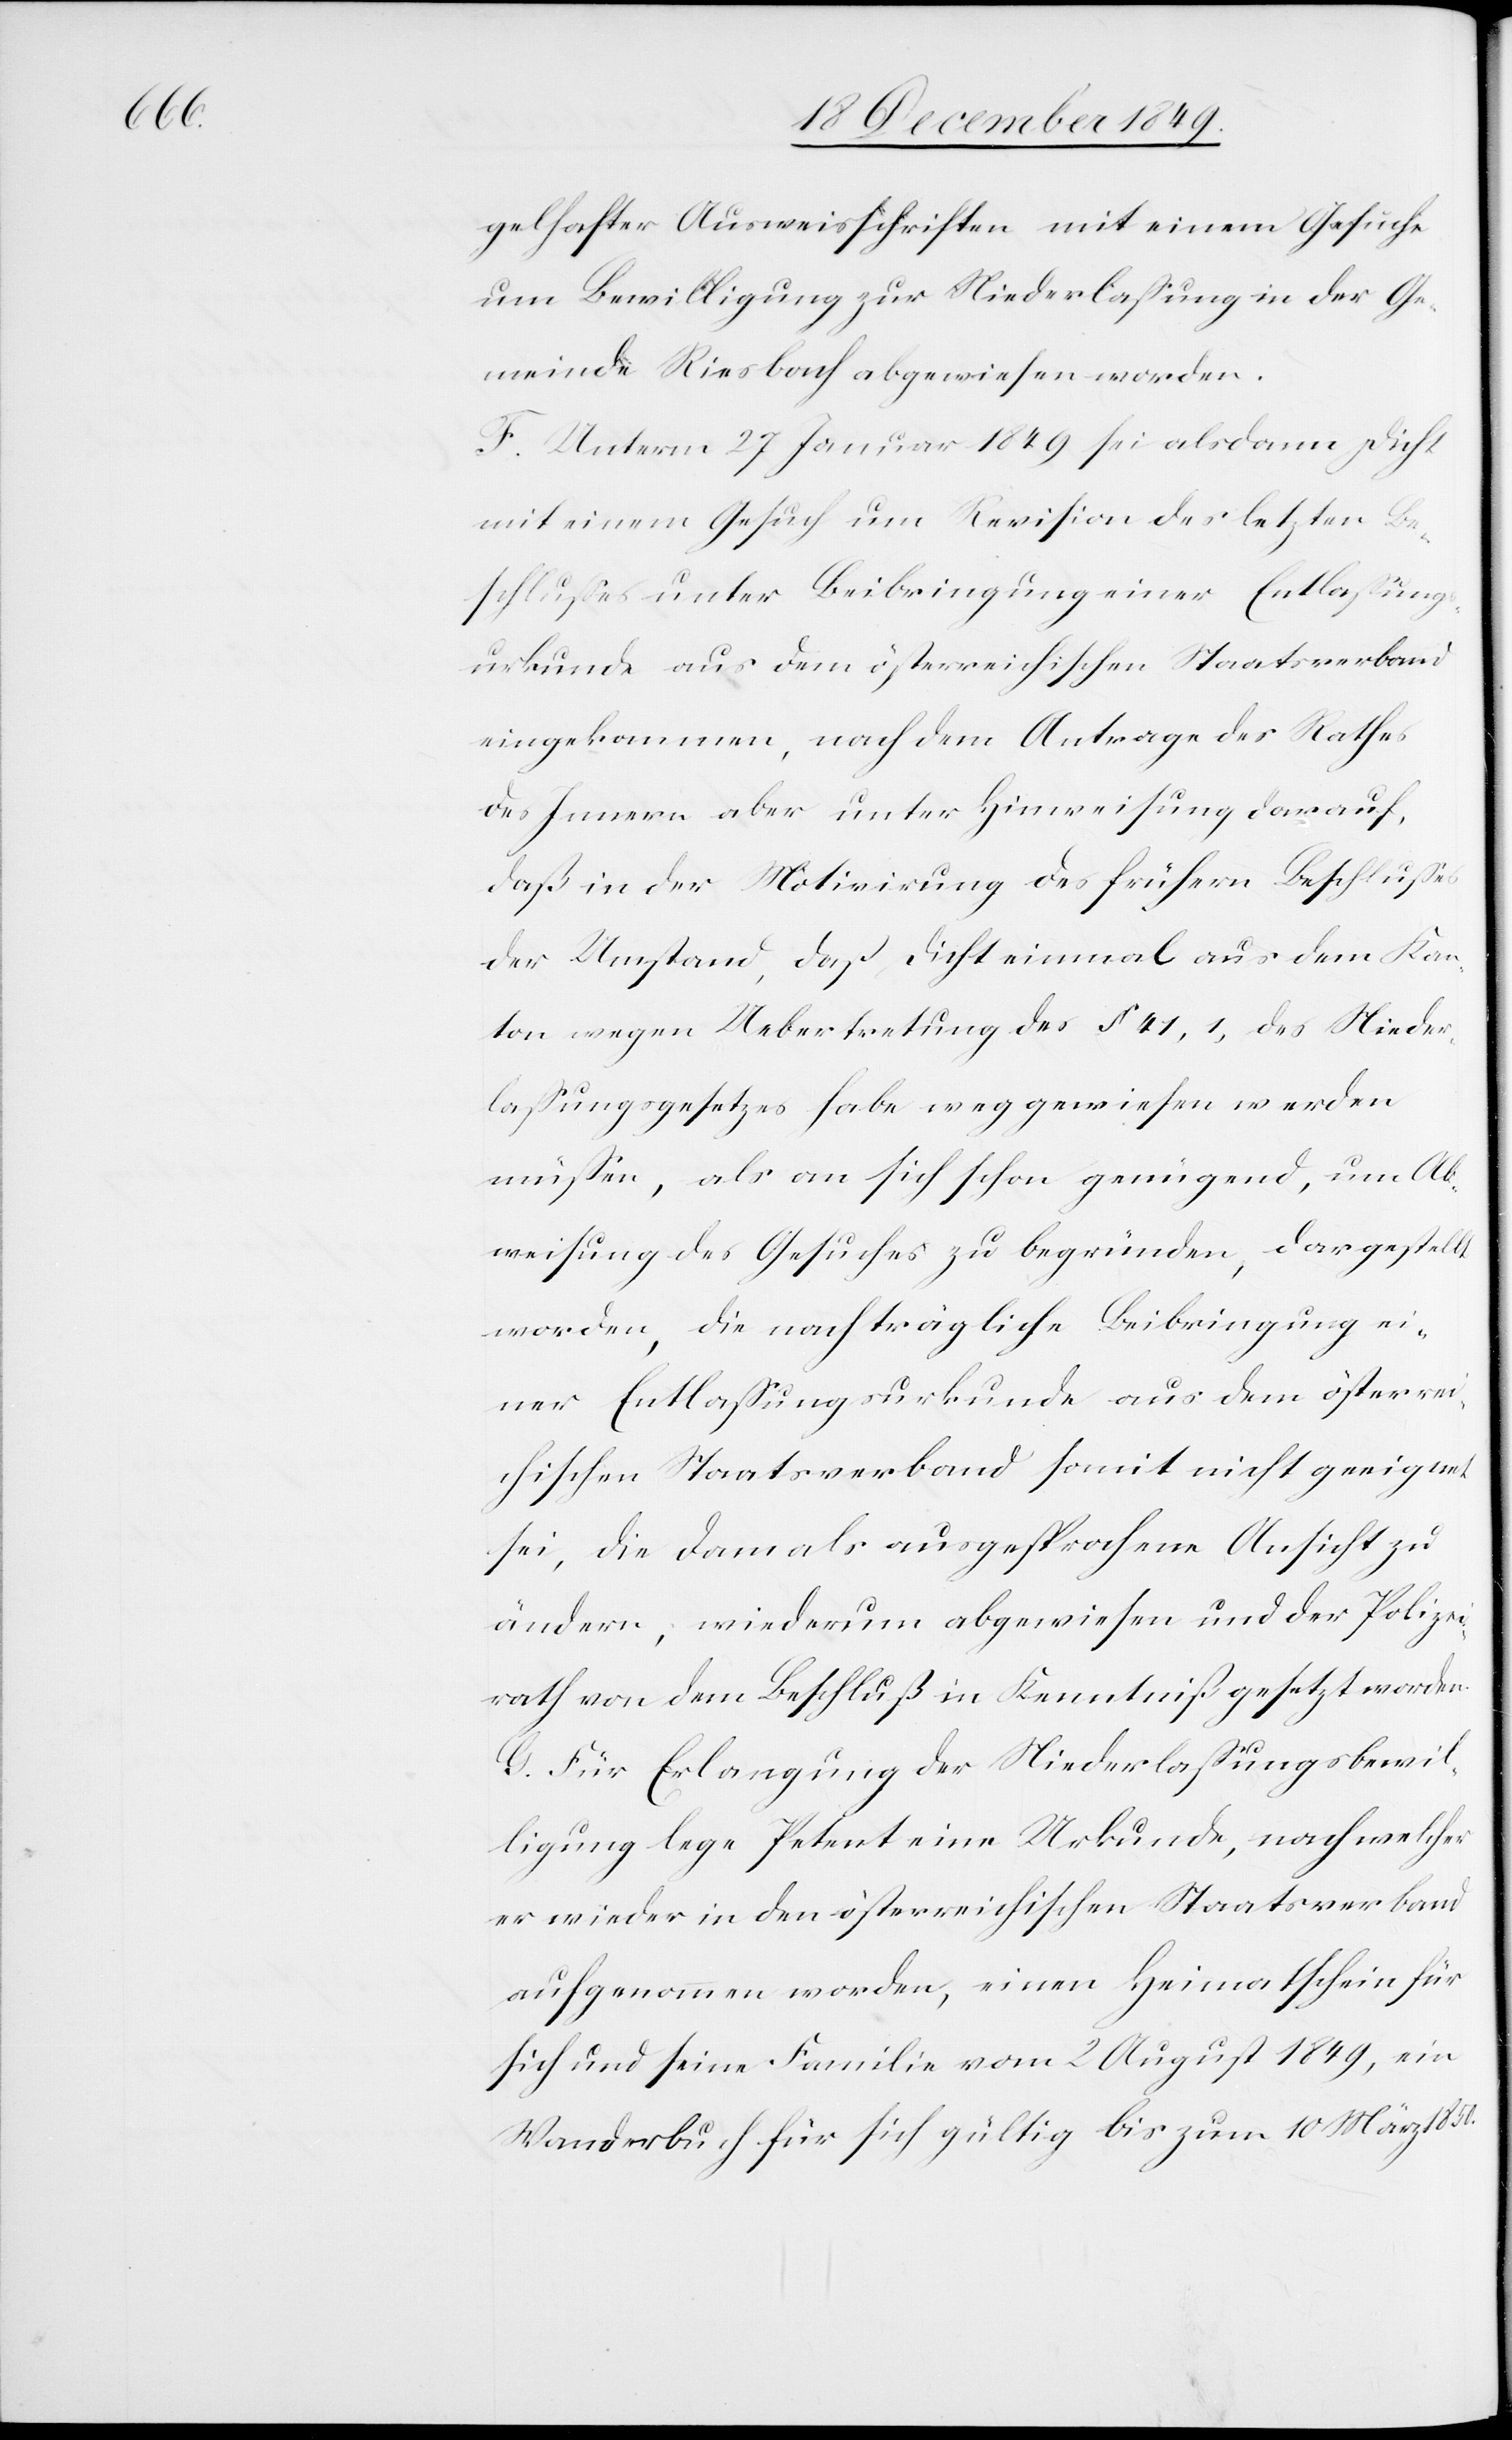
1850.

gelhafter Ausweisschriften mit einem Gesuche
um Bewilligung zur Niederlaßung in der Ge¬
meinde Riesbach abgewiesen worden.
F. Unterm 27 Januar 1849 sei alsdann Dicht
mit einem Gesuch um Revision des letzten Be¬
schlußes unter Beibringung einer Entlaßungs¬
urkunde aus dem österreichischen Staatsverband
eingekommen, nach dem Antrage des Rathes
des Innern aber unter Hinweisung darauf,
daß in der Motivirung des frühern Beschlußes
der Umstand, daß Dicht einmal aus dem Kan¬
ton wegen Uebertretung des § 41,1 des Nieder¬
laßungsgesetzes habe weggewiesen werden
müßen, als an sich schon genügend, um Ab¬
weisung des Gesuches zu begründen, dargestellt
worden, die nachträgliche Beibringung ei¬
ner Entlaßungsurkunde aus dem österreic¬
hischen Staatsverband somit nicht geeignet
sei, die damals ausgesprochene Ansicht zu
ändern, wiederum abgewiesen und der Polizei¬
rath von dem Beschluß in Kenntniß gesetzt worden.
G. Für Erlangung der Niederlaßungsbewil¬
ligung lege Petent eine Urkunde, nach welcher
er wieder in den österreichischen Staatsverband
aufgenommen worden, einen Heimatschein für
sich und seine Familie vom 2 August 1849, ein
Wanderbuch für sich gültig bis zum 10 März